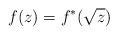
LaTeX: \begin{align*}f(z)=f^*(\sqrt{z})\end{align*}